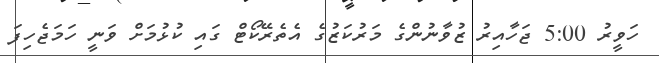
ހަވީރު 5:00 ޖަހާއިރު ޒުވާނުންގެ މަރުކަޒުގެ އެތެރޭކޯޓް ގައި ކުޅުމަށް ވަނީ ހަމަޖެހިފަ